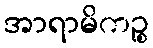
အာရာမိကဉ္စ